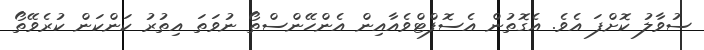
ސުވާލު ކޮށްފަ އެވެ. އެގޮތުން އެސޮފްޓްވެއާއިން އެންހޭންސްތޯ ނުވަތަ އިތުރު ކަންކަން ކުރެވޭތޯ